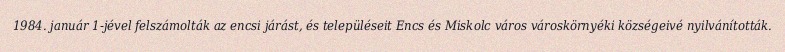
1984. január 1-jével felszámolták az encsi járást, és településeit Encs és Miskolc város városkörnyéki községeivé nyilvánították.